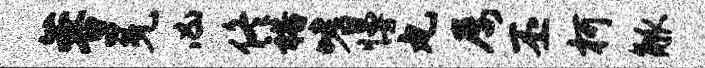
蓉冕凶佟裕嗜慢丸屡丕柯觚